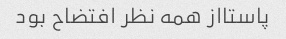
پاستااز همه نظر افتضاح بود